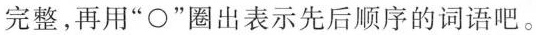
完整，再用”\bigcirc”圈出表示先后顺序的词语吧。